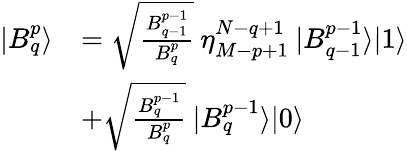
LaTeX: \begin{array}{rl}{|B_{q}^{p}\rangle}&{=\sqrt{\frac{B_{q-1}^{p-1}}{B_{q}^{p}}}\: \eta_{M-p+1}^{N-q+1}\: |B_{q-1}^{p-1}\rangle|1\rangle}\\ &{+\sqrt{\frac{B_{q}^{p-1}}{B_{q}^{p}}}\: |B_{q}^{p-1}\rangle|0\rangle}\end{array}